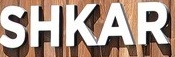
SHKAR